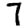
Digit: 7